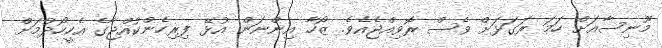
މޫނިސާއަށް ހަމަ ރަގަޅަށް ވެސް ރޮވިއްޖެއެވެ. ޒޯހާ އިންނަން އުޅޭ ފިރިހެންކުއްޖާގެ އެހީހޯދުމަށް